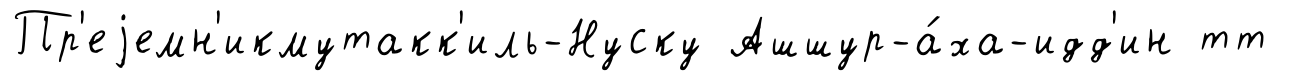
Пр'еjемн'икмутакк'иль-Нуску Ашшур-а́ха-идд'ин тт